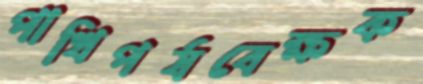
পাখিপর্যবেক্ষক